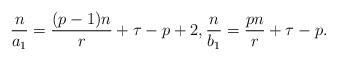
LaTeX: \begin{align*}\frac{n}{a_1}=\frac{(p-1)n}{r}+\tau-p+2, \frac{n}{b_1}=\frac{pn}{r}+\tau-p.\end{align*}